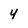
Character: 4